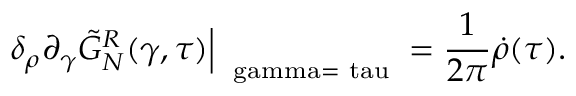
{ \delta _ { \rho } } { \partial _ { \gamma } } { \tilde { G } _ { N } ^ { R } } ( \gamma , \tau ) { \Big | _ { \mathrm { \scriptsize ~ \ g a m m a = \ t a u ~ } } } = { \frac { 1 } { 2 \pi } } \dot { \rho } ( \tau ) .